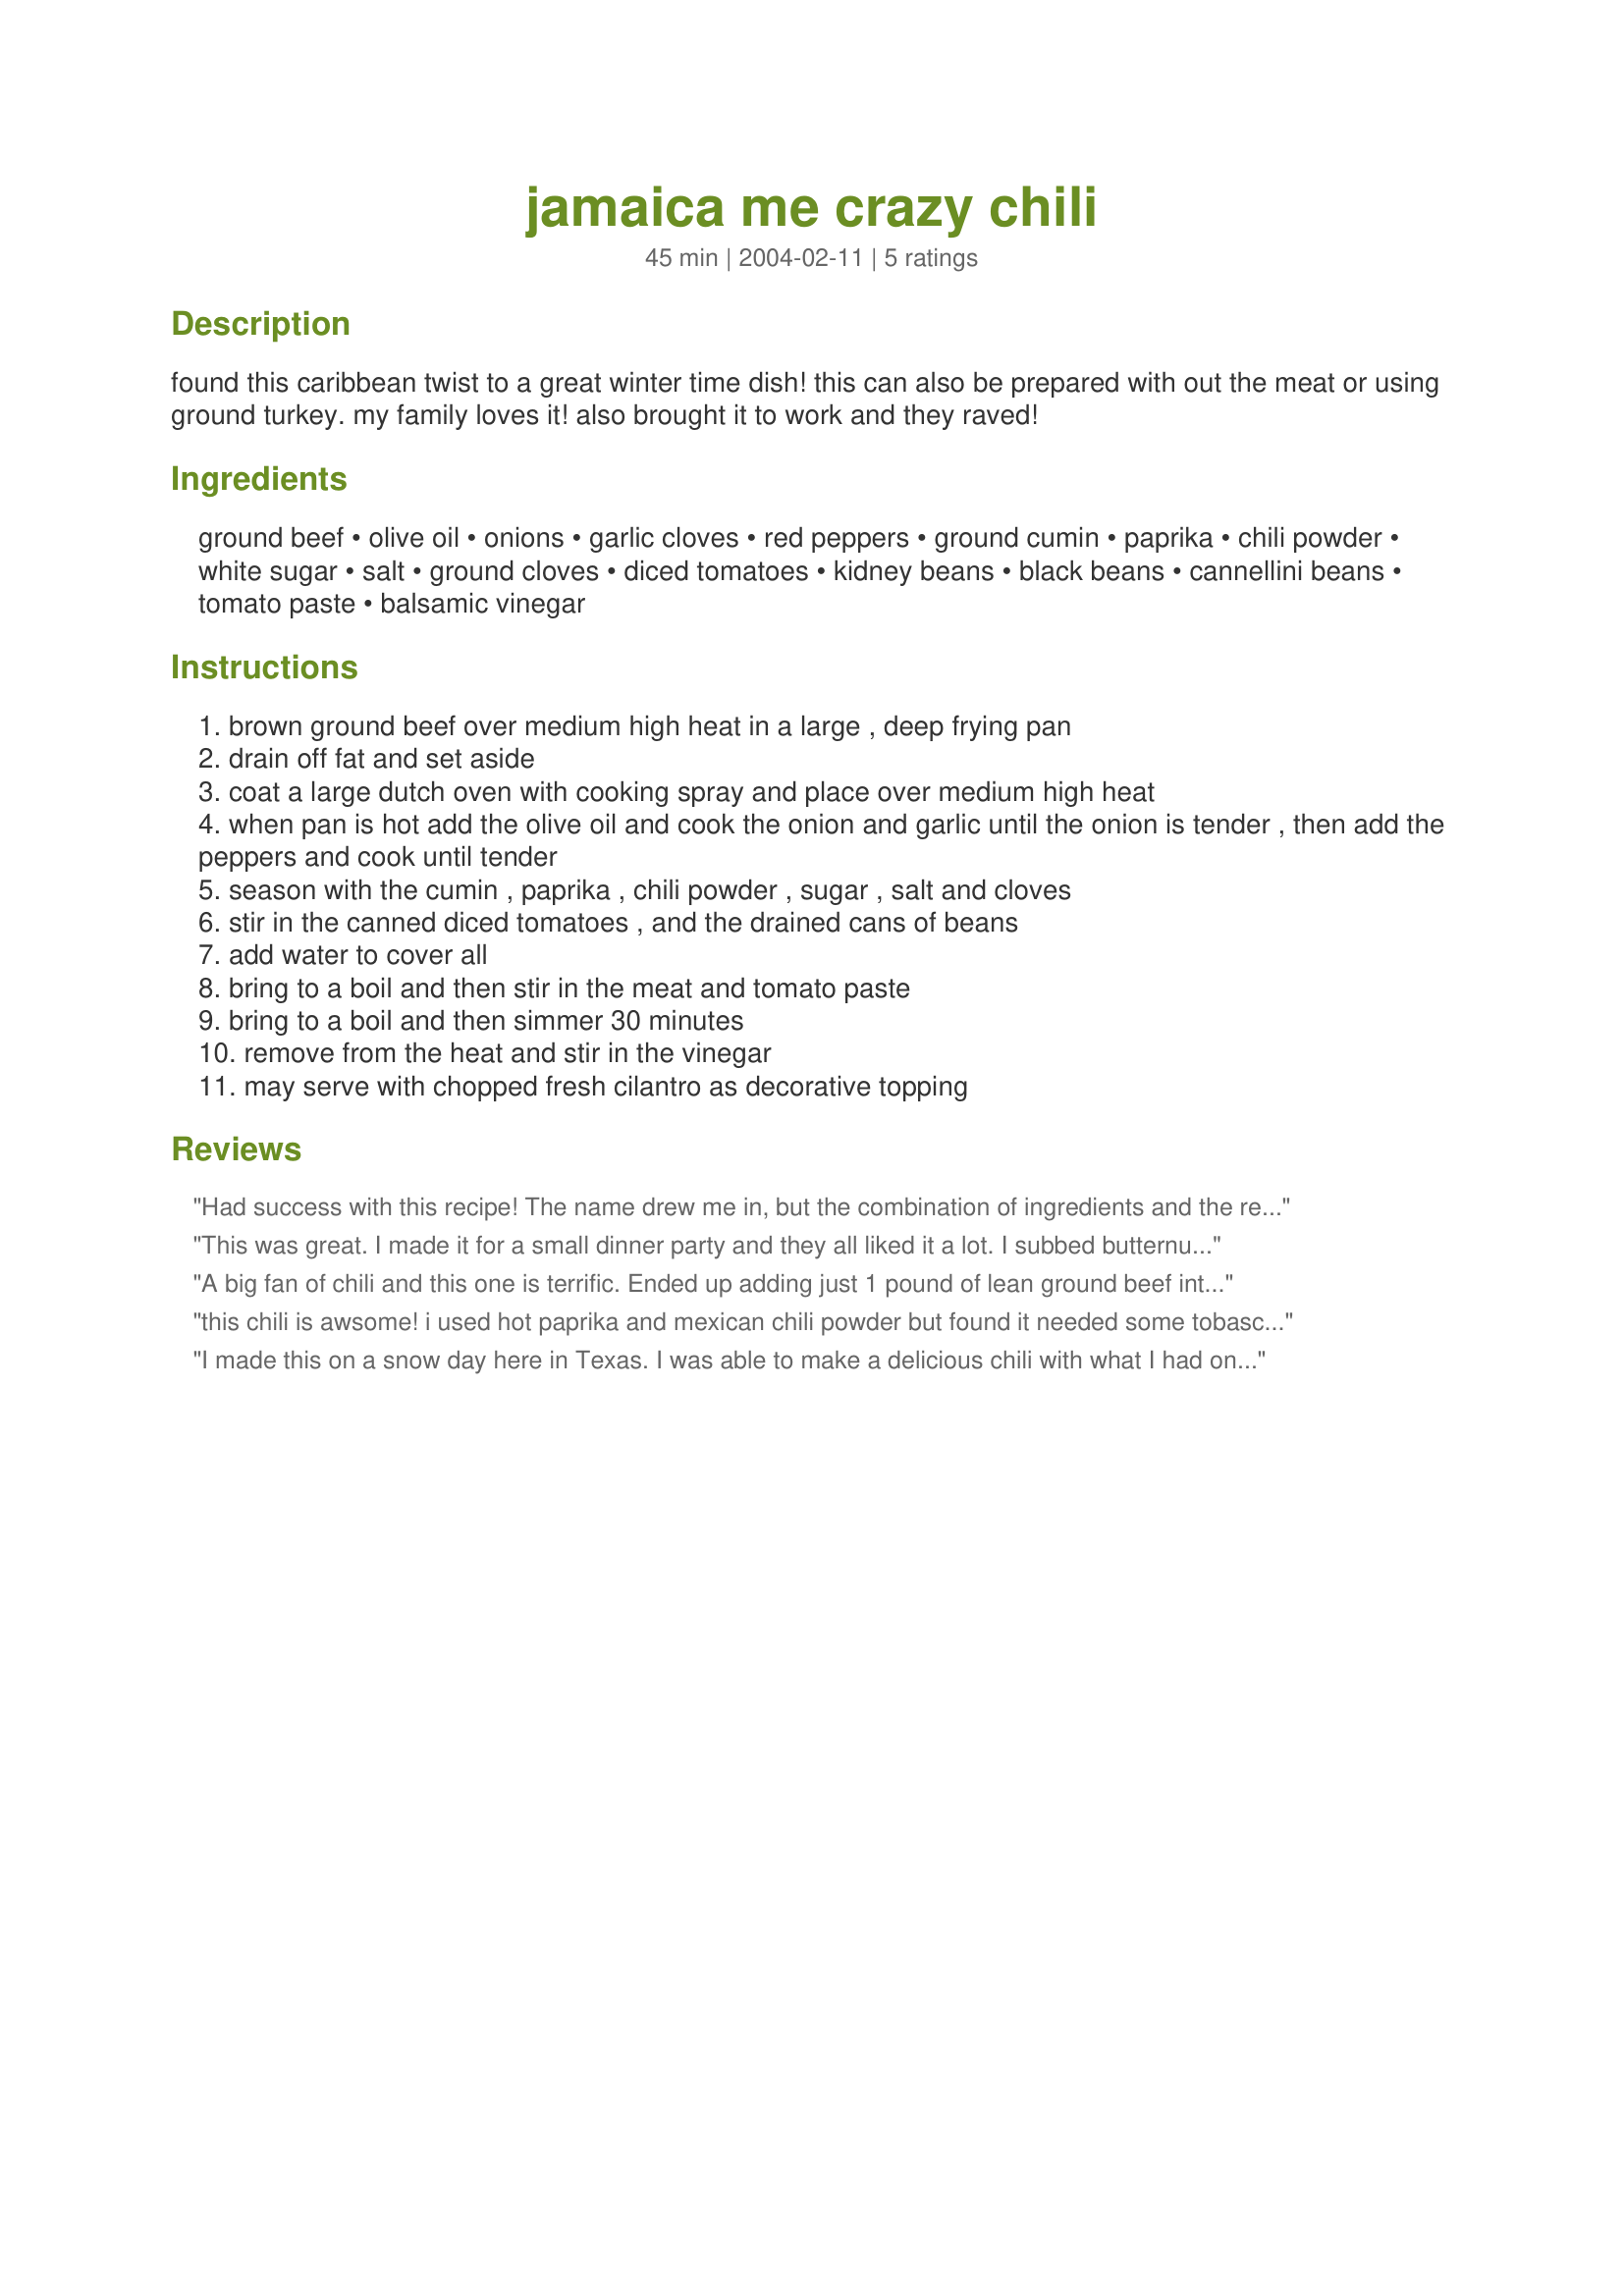
jamaica me crazy chili
Preparation time: 45 minutes

found this caribbean twist to a great winter time dish! this can also be prepared with out the meat or using ground turkey. my family loves it! also brought it to work and they raved!

Ingredients:
ground beef, olive oil, onions, garlic cloves, red peppers, ground cumin, paprika, chili powder, white sugar, salt, ground cloves, diced tomatoes, kidney beans, black beans, cannellini beans, tomato paste, balsamic vinegar

Steps:
brown ground beef over medium high heat in a large , deep frying pan
drain off fat and set aside
coat a large dutch oven with cooking spray and place over medium high heat
when pan is hot add the olive oil and cook the onion and garlic until the onion is tender , then add the peppers and cook until tender
season with the cumin , paprika , chili powder , sugar , salt and cloves
stir in the canned diced tomatoes , and the drained cans of beans
add water to cover all
bring to a boil and then stir in the meat and tomato paste
bring to a boil and then simmer 30 minutes
remove from the heat and stir in the vinegar
may serve with chopped fresh cilantro as decorative topping

Reviews:
Had success with this recipe! The name drew me in, but the combination of ingredients and the results will bring me back to this one. The only substitution I made was a can of fat-free refried beans in place of the cannellini beans, I figured it would thicken the whole mixture (it did). Thanks!
This was great. I made it for a small dinner party and they all liked it a lot. I subbed butternut squash small dice for the yellow pepper and after simmering, I added more salt, some oregano and a liberal teaspoon full of granulated garlic. The flavors are great! Next time I'll add more minced garlic in the beginning. Thanks for the keeper!
A big fan of chili and this one is terrific. Ended up adding just 1 pound of lean ground beef into the pot - just a personal preference about the ratio of meat and beans. Ended up adding a 1/2 teaspoon of cinnamon and a pinch of allspice to boost that island flavor. The balsamic vinegar was a really nice addition and set this apart from typical chilis.
this chili is awsome! i used hot paprika and mexican chili powder but found it needed some tobasco for my taste. i also increased the salt to 3tsps kosher and a 1/4 cup of miced garlic (this is a big dish). when i added the cloves the smell was so strong i was afraid i ruined the dish because i don't like cinnamon and meat but it blended in nicely and accentuates the natural and added sugars in the dish. the final addition of balsamic vinegar creates a wonderful mild sweet and sour flavor. if you don't add the balsamic vinegar you will be making just another chili (so don't bother).
I made this on a snow day here in Texas. I was able to make a delicious chili with what I had on hand. I made a few adjustments. I used one can of rotel and one can of diced tomatoes instead of two cans diced tomatoes, I used 1/2 tablespoons of cumin, istead of onefull tablespoon. I used the black beans as suggested, but instead of kidney and cannellini, I used a can of kernal corn and great northern beans, and I only had green bell peppers to use instead of red or yellow. It was delicious. Also, I ommitted the vinegar as my husband is not a big fan of vinegar. With some cornbread on the side this was a delicious meal, a little spicy, but not too heavy. Basically the seasonings taste great and what beans you use are just personal preference.
